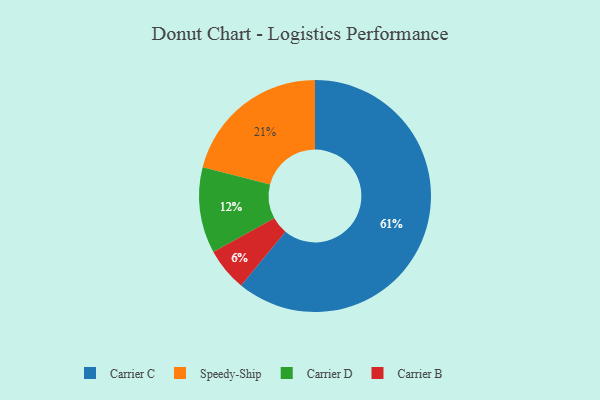
{"axis": {"x": "Category", "y": "Percentage"}, "legend": ["Carrier B", "Carrier C", "Carrier D", "Speedy-Ship"], "data": [{"x": "Speedy-Ship", "y": 21, "type": "Speedy-Ship"}, {"x": "Carrier D", "y": 12, "type": "Carrier D"}, {"x": "Carrier B", "y": 6, "type": "Carrier B"}, {"x": "Carrier C", "y": 61, "type": "Carrier C"}]}